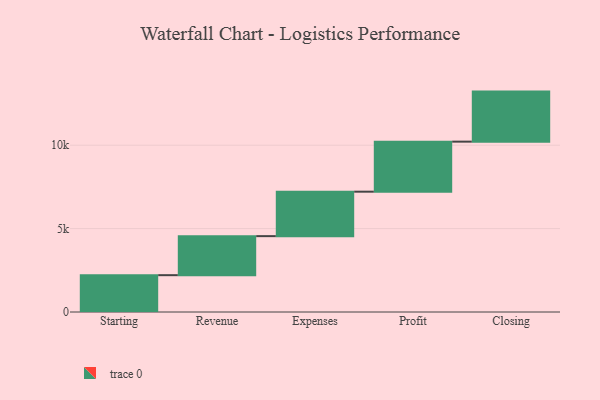
{"axis": {"x": "Step", "y": "Value"}, "legend": [""], "data": [{"x": "Starting", "y": 2208.0, "type": ""}, {"x": "Revenue", "y": 2340.0, "type": ""}, {"x": "Expenses", "y": 2665.0, "type": ""}, {"x": "Profit", "y": 3000, "type": ""}, {"x": "Closing", "y": 3000, "type": ""}]}